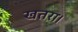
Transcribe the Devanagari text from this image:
खतरा।